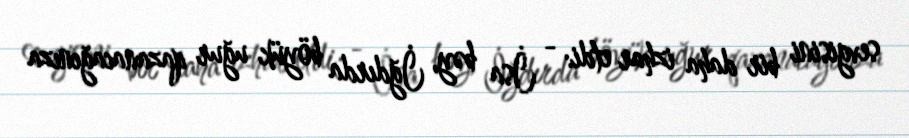
sevgisini bir daha izhar etdi: - İsa bəy, İğdırda böyük uğur qazanacağınıza